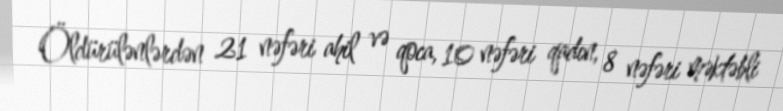
Öldürülənlərdən 21 nəfəri ahil və qoca, 10 nəfəri qadın, 8 nəfəri məktəbli